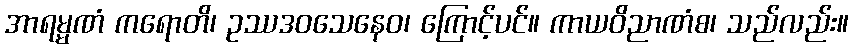
အာရမ္မဏံ ကရောတိ၊ ဥဿဒဝသေနေဝ၊ ကြောင့်ပင်။ ကာယဝိညာဏံစ၊ သည်လည်း။